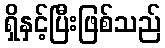
ရှိနှင့်ပြီးဖြစ်သည်